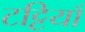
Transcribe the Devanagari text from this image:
टट्टियाँ